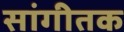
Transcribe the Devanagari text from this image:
सांगीतक